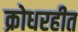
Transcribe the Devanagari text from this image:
क्रोधरहीत